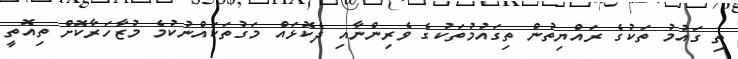
ތި ގައުމު ތަކުގެ ރައްޔިތުން ތިގައުމުތަކުގެ ވެރިންނާއި ދެކޮޅައް މަގުތަކައްނުކުމެ މުޒާހަރާކޮށް ތިއޮތީ